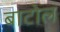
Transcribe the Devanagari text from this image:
बाटोल